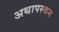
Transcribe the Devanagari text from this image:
अथापस्कन